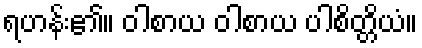
ရဟန်း၏။ ဝါစာယ ဝါစာယ ပါစိတ္တိယံ။